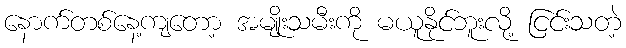
နောက်တစ်နေ့ကျတော့ အမျိုးသမီးကို မယူနိုင်ဘူးလို့ ငြင်းသတဲ့